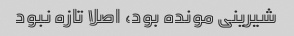
شیرینی مونده بود، اصلا تازه نبود